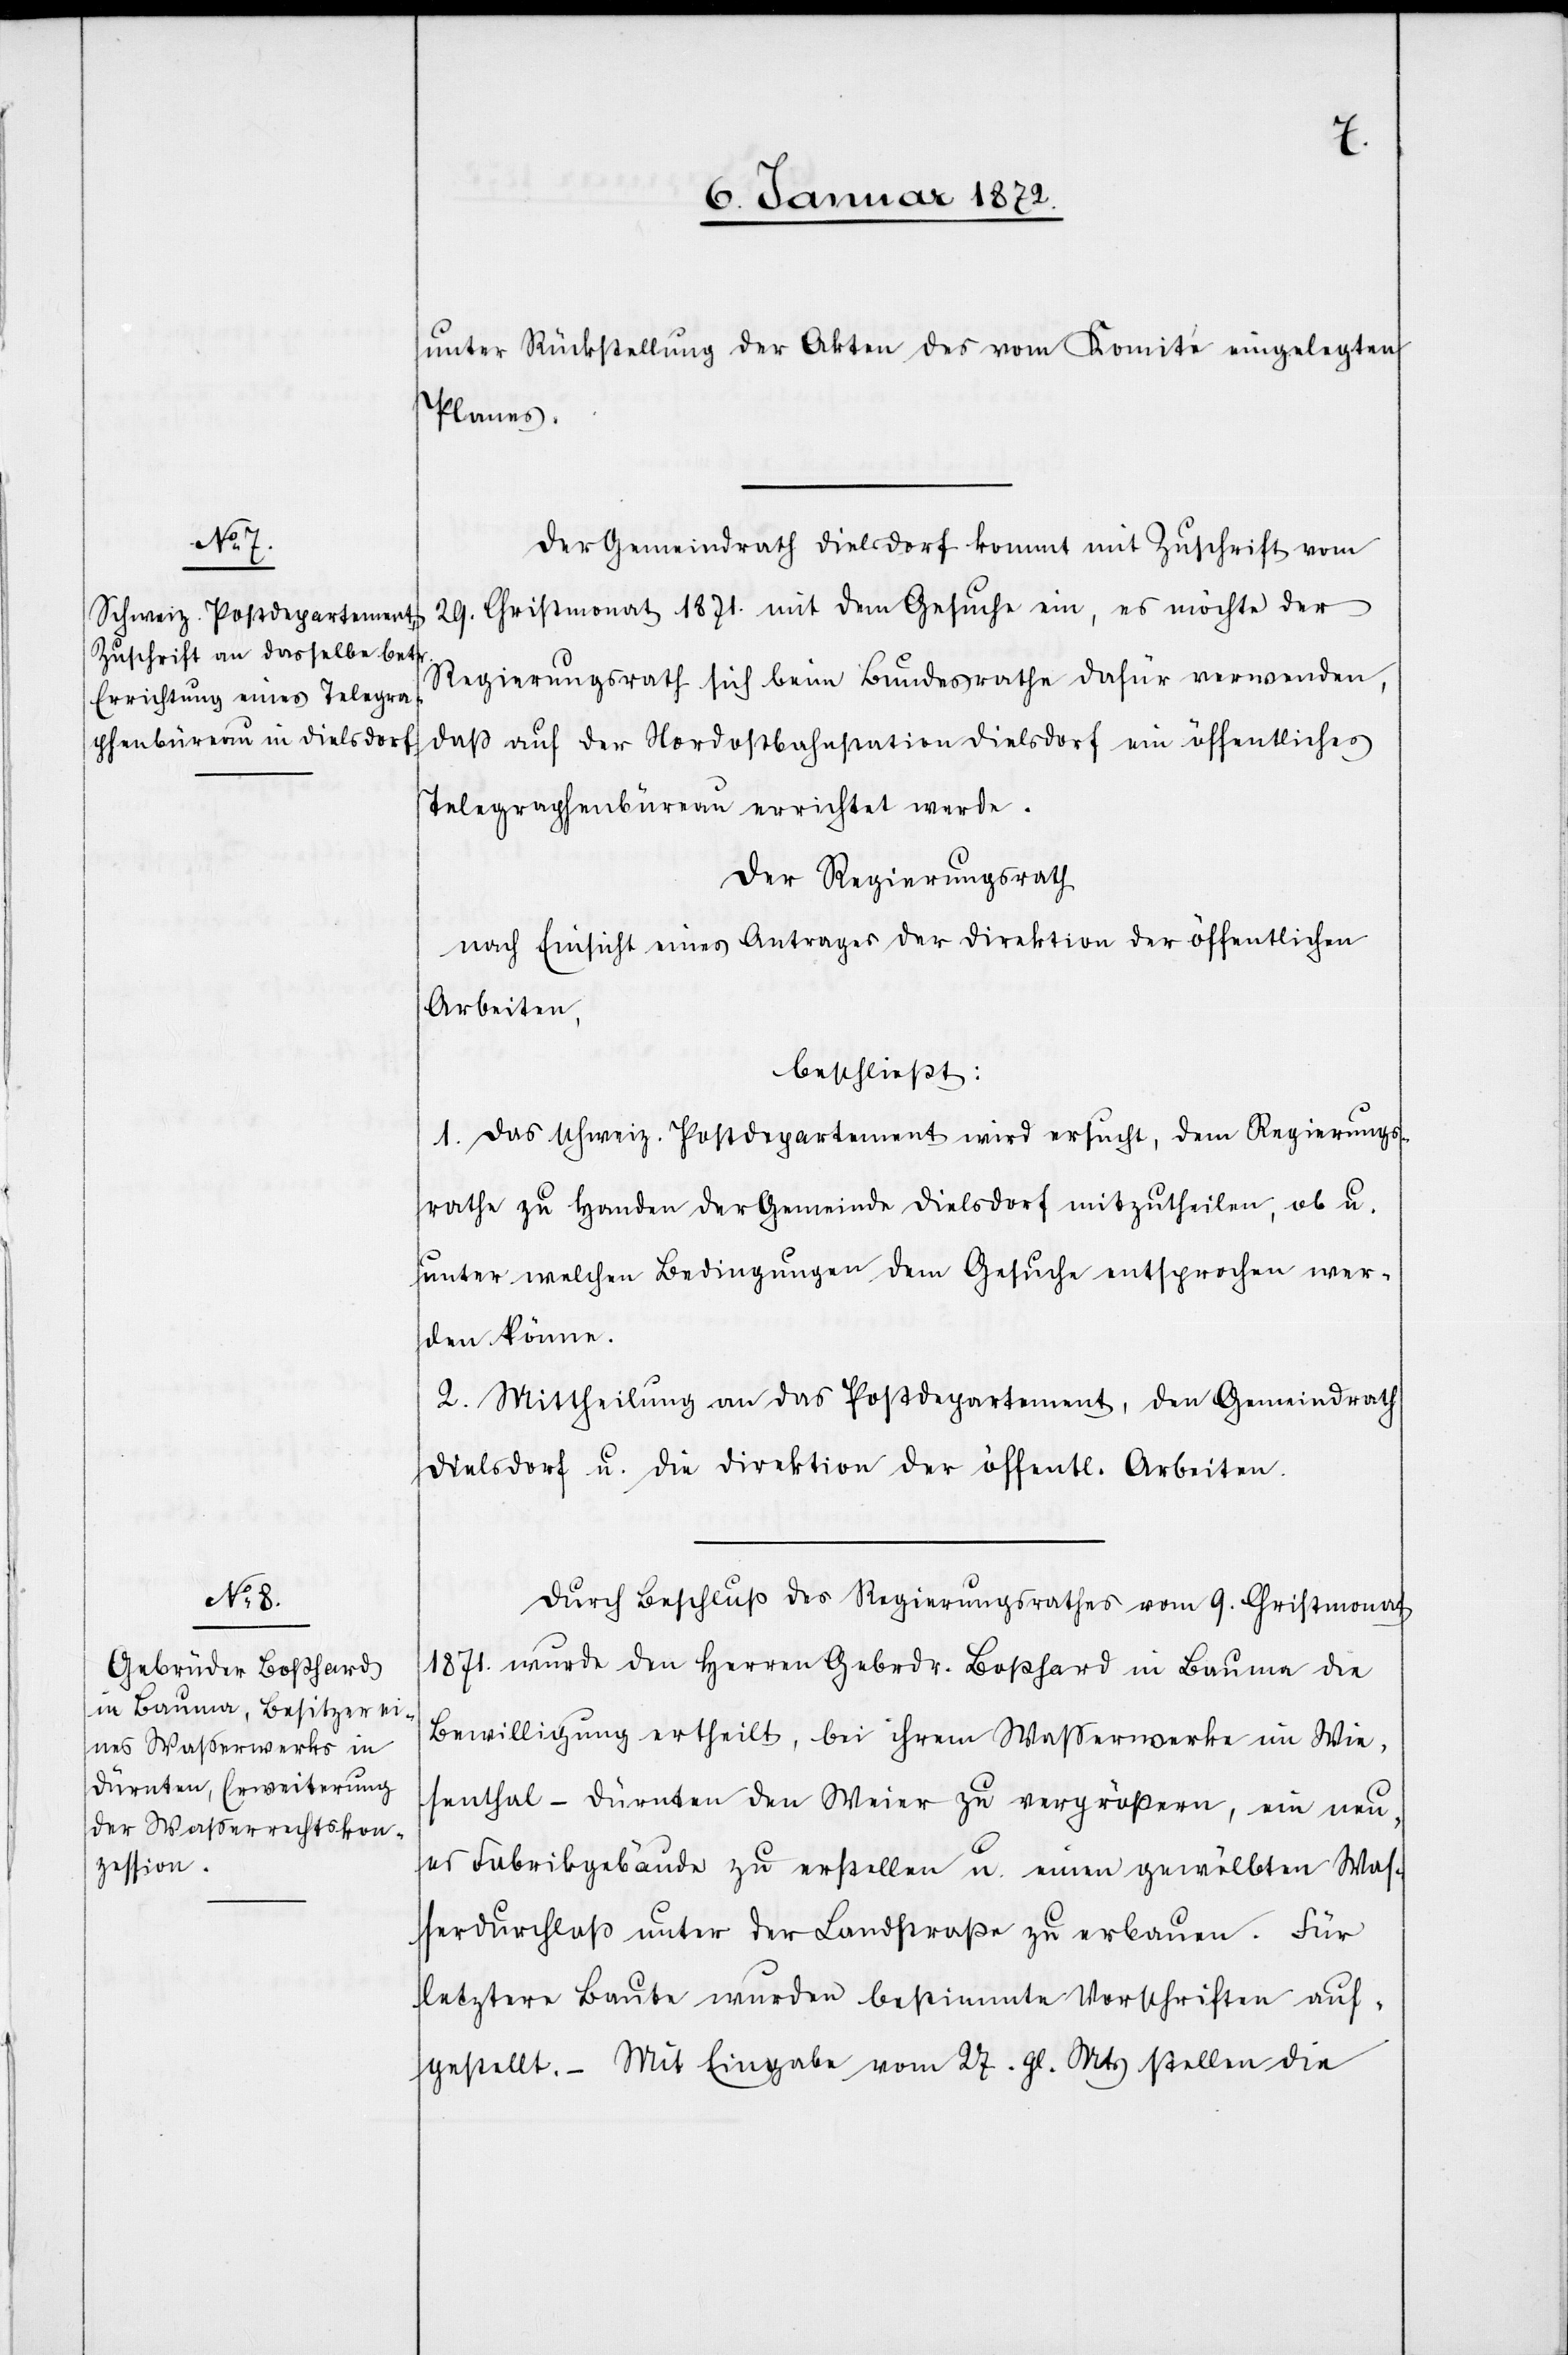
unter Rückstellung der Akten des vom Komité eingelegten
Planes.
Der Gemeindrath Dielsdorf kommt mit Zuschrift vom
29. Christmonat 1871. mit dem Gesuche ein, es möchte der
Regierungsrath sich beim Bundesrathe dafür verwenden,
daß auf der Nordostbahnstation Dielsdorf ein öffentliches
Telegraphenbüreau errichtet werde.
Der Regierungsrath
nach Einsicht eines Antrages der Direktion der öffentlichen
Arbeiten,
beschließt:
1. Das schweiz. Postdepartement wird ersucht, dem Regierungs¬
rathe zu Handen der Gemeinde Dielsdorf mitzutheilen, ob u.
unter welchen Bedingungen dem Gesuche entsprochen wer¬
den könne.
2. Mittheilung an das Postdepartement, den Gemeindrath
Dielsdorf u. die Direktion der öffentl. Arbeiten.
Durch Beschluß des Regierungsrathes vom 9. Christmonat
1871. wurde den Herren Gebrdr. Boßhard in Bauma die
Bewilligung ertheilt, bei ihrem Wasserwerke im Wie¬
senthal -Dürnten den Weier zu vergrößern, ein neu¬
es Fabrikgebäude zu erstellen u. einen gewölbten Was¬
serdurchlaß unter der Landstraße zu erbauen. Für
letztere Baute wurden bestimmte Vorschriften auf¬
gestellt. – Mit Eingabe vom 27. gl. Mts stellen die